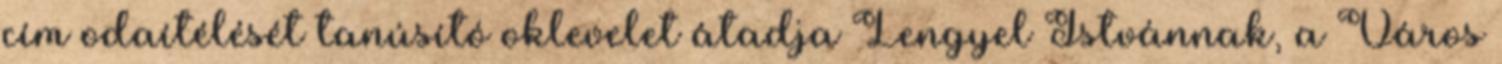
cím odaítélését tanúsító oklevelet átadja Lengyel Istvánnak, a Város